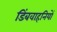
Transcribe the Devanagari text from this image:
डिंबवाहनियों